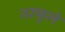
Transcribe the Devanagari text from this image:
नरफुले